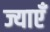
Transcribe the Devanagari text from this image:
ज्याएँ